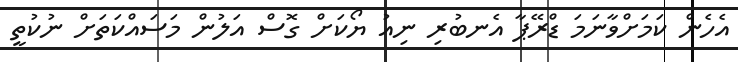
އެހެން ކަމަށްވާނަމަ ޑްރޭޕާ އެނބުރި ނިއު ޔޯކަށް ގޮސް އަލުން މަސައްކަތަށް ނުކުތީ